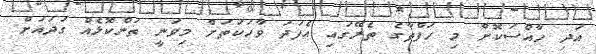
އަދި ހާއްސަކޮށް މި ހަފްތާގެ ތެރޭގައި އެފަދަ ވާހަކަތަށް މިވަނީ ތަންކޮޅެއް ގަދައަށް